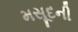
મસૂદની